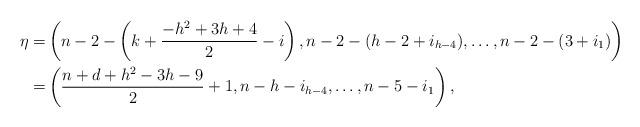
LaTeX: \begin{align*}\eta=&\left(n-2-\left(k+\frac{-h^2+3h+4}{2}-i\right),n-2-(h-2+i_{h-4}),\ldots,n-2-(3+i_1)\right)\\=&\left(\frac{n+d+h^2-3h-9}{2}+1,n-h-i_{h-4},\ldots,n-5-i_1\right),\end{align*}